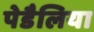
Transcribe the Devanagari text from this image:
पेडैलिया